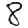
Digit: 8